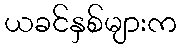
ယခင်နှစ်များက